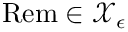
\mathrm { R e m } \in \mathcal { X } _ { \epsilon }